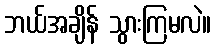
ဘယ်အချိန် သွားကြမလဲ။